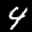
Label: 4